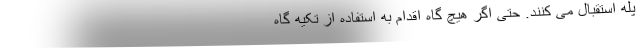
پله استقبال می کنند. حتی اگر هیچ گاه اقدام به استفاده از تکیه گاه